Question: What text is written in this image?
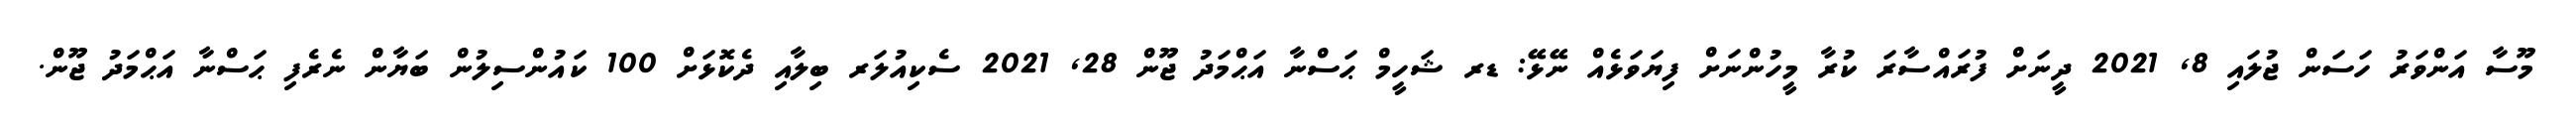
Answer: މޫސާ އަންވަރު ހަސަން ޖުލައި 8, 2021 ދީނަށް ފުރައްސާރަ ކުރާ މީހުންނަށް ފިޔަވަޅެއް ނޭޅޭ: ޑރ ޝަހީމް ޙަސްނާ އަޙްމަދު ޖޫން 28, 2021 ސެކިއުލަރ ބިލާއި ދެކޮޅަށް 100 ކައުންސިލުން ބަޔާން ނެރެފި ޙަސްނާ އަޙްމަދު ޖޫން.